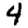
Digit: 4